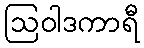
ဩဝါဒကာရီ